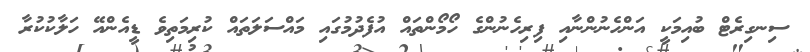
ސިނގިރެޓް ބުއިމަކީ އަންހެނުންނާއި ފިރިހެނުންގެ ހޯމޯންތައް އުފެދުމުގައި މައްސަލަތައް ކުރިމަތިވެ ޑީއެންއޭ ހަލާކުކުރާ